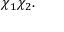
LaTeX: \chi _ { 1 } \chi _ { 2 } .